Lunatic asylums Central Provinces reports 1895-1909 - 1895-1909
Year: 1895
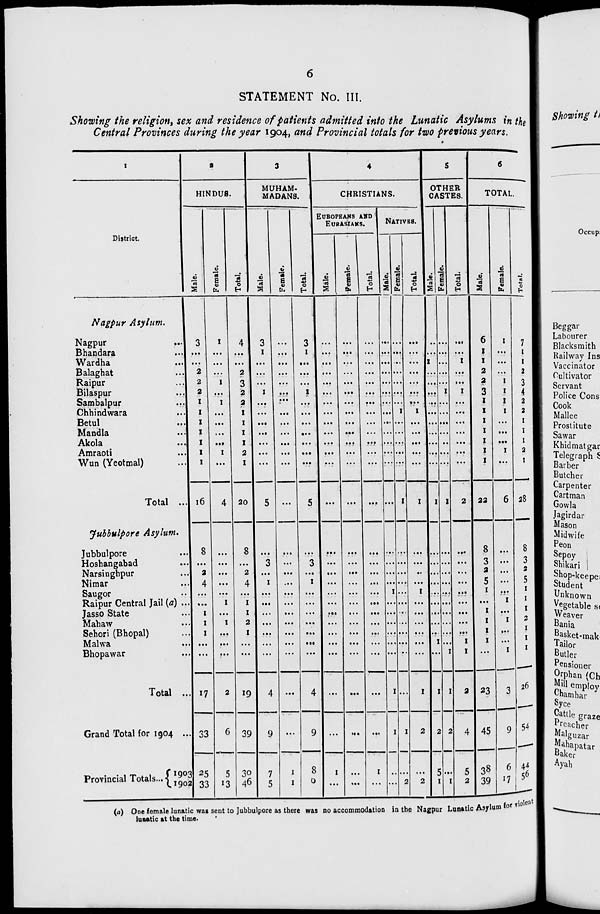
6
STATEMENT No. III.
Showing the religion, sex and residence of patients admitted into the Lunatic Asylums in the
Central Provinces during the year 1904, and Provincial totals for two previous years.
1
District.
Nagpur
Asylum.
Nagpur ...
Bhandara
...
Wardha
...
Balaghat ...
Raipur ...
Bilaspur ...
Sarabalpur ...
Chhindwara ...
Betul ...
Mandla ...
Akola ...
Amraoti ...
Wun (Yeotmal) ...
Total ...
Jubbulpore
Asylum.
Jubbulpore ...
Hoshangabad ...
Narsinghpur ...
Nimar ...
Saugor ...
Raipur Central Jail (a) ...
Jasso State ...
Mahaw ...
Sehori (Bhopal) ...
Malwa ...
Bhopawar ...
Total ...
Grand Total for 1904 ...
Provincial Totals ...
1903
1902
2
HINDUS.
Male.
3
...
...
2
2
2
1
1
1
1
1
1
1
16
8
...
2
4
...
...
1
1
1
...
...
17
33
25
33
Female.
1
...
...
...
1
...
1
...
...
...
...
1
...
4
...
...
...
...
...
1
...
1
...
...
...
2
6
5
13
Total.
4
...
...
2
3
2
2
1
1
1
1
2
1
20
8
...
2
4
...
1
1
2
1
...
...
19
39
30
46
3
MUHAM-
MADANS.
Male.
3
1
...
...
...
1
...
...
...
...
...
...
...
5
...
3
...
1
...
...
...
...
...
...
...
4
9
7
5
Female.
...
...
...
...
...
...
...
...
...
...
...
...
...
...
...
...
...
...
...
...
...
...
...
...
...
...
...
1
1
Total.
3
1
...
...
...
1
...
...
...
...
...
...
...
5
...
3
...
1
...
...
...
...
...
...
...
4
9
8
6
4
CHRISTIANS.
EUROPEANS AND
EURASIANS.
Male.
...
...
...
...
...
...
...
...
...
...
...
...
...
...
...
...
...
...
...
...
...
...
...
...
...
...
...
1
...
Female.
...
...
...
...
...
...
...
...
...
...
...
...
...
...
...
...
...
...
...
...
...
...
...
...
...
...
...
...
...
Total.
...
...
...
...
...
...
...
...
...
...
...
...
...
...
...
...
...
...
...
...
...
...
...
...
...
...
...
1
...
NATIVES.
Male.
...
...
...
...
...
...
...
...
...
...
...
...
...
...
...
...
...
...
1
...
...
...
...
...
...
1
1
...
...
Female.
...
...
...
...
...
...
...
1
...
...
...
...
...
1
...
...
...
...
...
...
...
...
...
...
...
...
1
...
2
Total.
...
...
...
...
...
...
...
1
...
...
...
...
...
1
...
...
...
...
1
...
...
...
...
...
...
1
2
...
2
5
OTHER
CASTES.
Male.
...
...
1
...
...
...
...
...
...
...
...
...
...
1
...
...
...
...
...
...
...
...
...
1
...
1
2
5
1
Female.
...
...
...
...
...
1
...
...
...
...
...
...
...
1
...
...
...
...
...
...
...
...
...
...
1
1
2
...
1
Total.
...
...
1
...
...
1
...
...
...
...
...
...
...
2
...
...
...
...
...
...
...
...
...
1
1
2
4
5
2
6
TOTAL.
Male.
6
1
1
2
2
3
1
1
1
1
1
1
1
22
8
3
2
5
1
...
1
1
1
1
...
23
45
38
39
Female.
1
...
...
...
1
1
1
1
...
...
...
1
...
6
...
...
...
...
...
1
...
1
...
...
1
3
9
6
17
Total.
7
1
1
2
3
4
2
2
1
1
1
2
1
28
8
3
2
5
1
1
1
2
1
1
1
26
54
44
56
(a) One female lunatic was sent to Jubbulpore as there was no accommodation in the Nagpur Lunatic Asylum for violent
lunatic at the time.